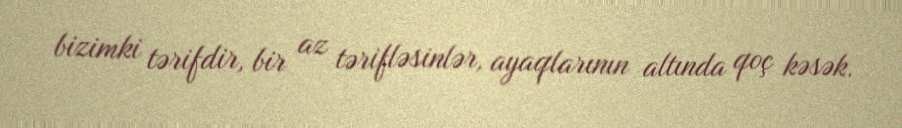
bizimki tərifdir, bir az tərifləsinlər, ayaqlarının altında qoç kəsək.